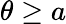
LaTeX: \theta\ge a